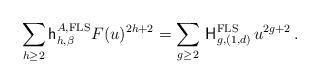
LaTeX: \begin{align*}\sum_{h \geq 2} \mathsf{h}^{A, \textup{FLS}}_{h, \beta} F(u)^{2h+2} = \sum_{g \geq 2}\, \mathsf{H}^{\textup{FLS}}_{g,(1,d)} \, u^{2g+2} \,.\end{align*}